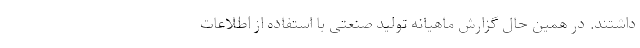
داشتند. در همین حال گزارش ماهیانه تولید صنعتی با استفاده از اطلاعات